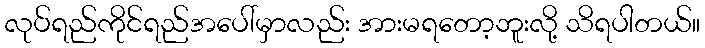
လုပ်ရည်ကိုင်ရည်အပေါ်မှာလည်း အားမရတော့ဘူးလို့ သိရပါတယ်။